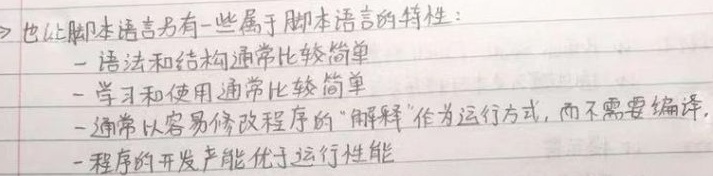
也让脚本语言另有一些属于脚本语言的特性：
- 语法和结构通常比较简单
- 学习和使用通常比较简单
- 通常以容易修改程序的“解释”作为运行方式，而不需要编译
- 程序的开发产能优于运行性能